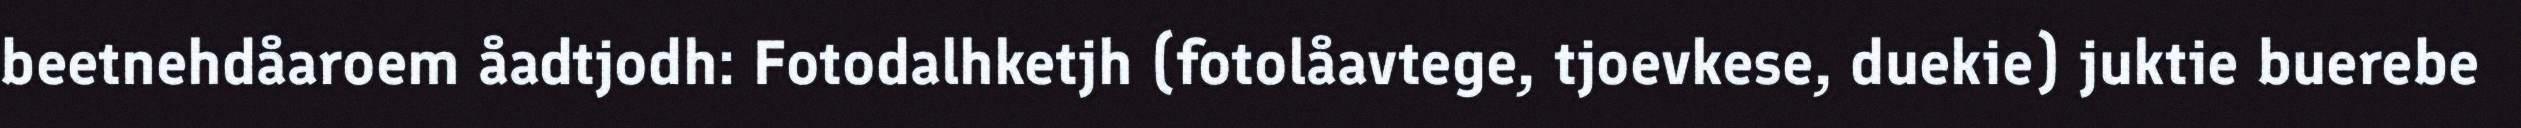
beetnehdåaroem åadtjodh: Fotodalhketjh (fotolåavtege, tjoevkese, duekie) juktie buerebe